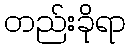
တည်းခိုရာ